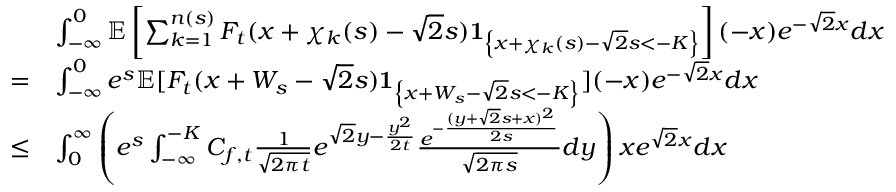
\begin{array} { r l } & { \int _ { - \infty } ^ { 0 } \mathbb { E } \left[ \sum _ { k = 1 } ^ { n ( s ) } F _ { t } ( x + \chi _ { k } ( s ) - \sqrt { 2 } s ) \mathbf { 1 } _ { \left\{ x + \chi _ { k } ( s ) - \sqrt { 2 } s < - K \right\} } \right] ( - x ) e ^ { - \sqrt { 2 } x } d x } \\ { = } & { \int _ { - \infty } ^ { 0 } e ^ { s } \mathbb { E } [ F _ { t } ( x + W _ { s } - \sqrt { 2 } s ) \mathbf { 1 } _ { \left\{ x + W _ { s } - \sqrt { 2 } s < - K \right\} } ] ( - x ) e ^ { - \sqrt { 2 } x } d x } \\ { \leq } & { \int _ { 0 } ^ { \infty } \left( e ^ { s } \int _ { - \infty } ^ { - K } C _ { f , t } \frac { 1 } { \sqrt { 2 \pi t } } e ^ { \sqrt { 2 } y - \frac { y ^ { 2 } } { 2 t } } \frac { e ^ { - \frac { ( y + \sqrt { 2 } s + x ) ^ { 2 } } { 2 s } } } { \sqrt { 2 \pi s } } d y \right) x e ^ { \sqrt { 2 } x } d x } \end{array}